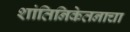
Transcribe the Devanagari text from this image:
शांतिनिकेतनाचा